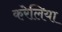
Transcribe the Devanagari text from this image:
करेलिया